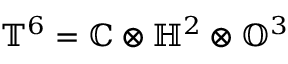
\mathbb { T } ^ { 6 } = \mathbb { C } \otimes \mathbb { H } ^ { 2 } \otimes \mathbb { O } ^ { 3 }